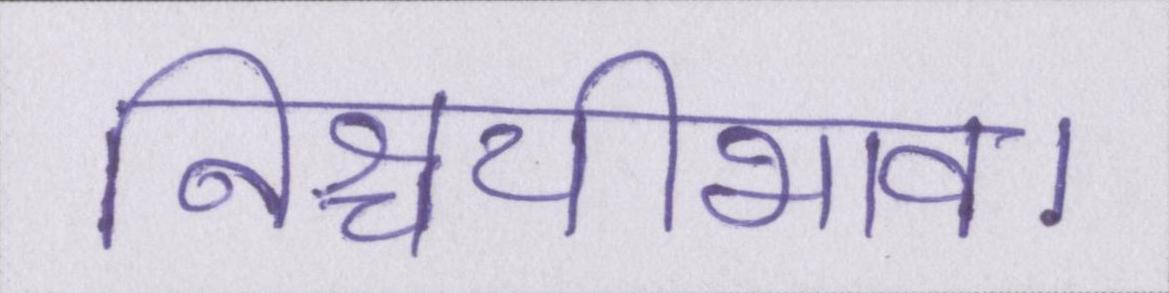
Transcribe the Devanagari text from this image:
निश्चयीभाव।